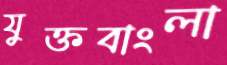
যুক্তবাংলা